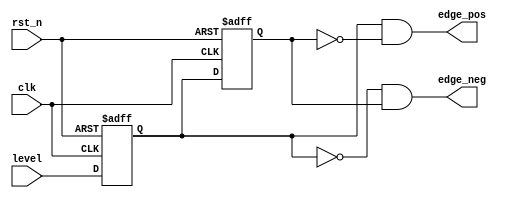
module edge_detect(
			
				input		wire			clk,
				input		wire			rst_n,
				input		wire			level,
				output	wire			edge_pos,
				output	wire			edge_neg
				
			);
	
	reg		reg_syn;
	reg		reg_edge;
	
	always @(posedge clk or negedge rst_n)
	if(!rst_n)	begin
		reg_syn <= 1'b1;
		reg_edge <= 1'b1;
	end
	else	begin
		reg_syn <= level;
		reg_edge <= reg_syn;
	end
	
	assign edge_pos = reg_syn & (~reg_edge);
	assign edge_neg = (~reg_syn) & reg_edge;
	
endmodule